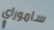
ساموراي